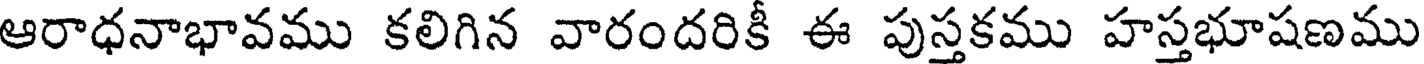
ఆరాధనాభావము కలిగిన వారందరికీ ఈ పుస్తకము హస్తభూషణము